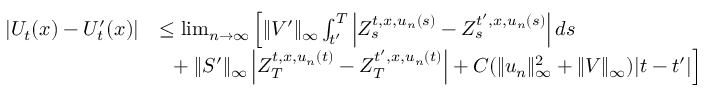
\begin{array} { r l } { | U _ { t } ( x ) - U _ { t } ^ { \prime } ( x ) | } & { \le \operatorname* { l i m } _ { n \to \infty } \left[ \| V ^ { \prime } \| _ { \infty } \int _ { t ^ { \prime } } ^ { T } \left\vert Z _ { s } ^ { t , x , u _ { n } ( s ) } - Z _ { s } ^ { t ^ { \prime } , x , u _ { n } ( s ) } \right\vert d s \right. } \\ & { ~ ~ + \left. \| S ^ { \prime } \| _ { \infty } \left\vert Z _ { T } ^ { t , x , u _ { n } ( t ) } - Z _ { T } ^ { t ^ { \prime } , x , u _ { n } ( t ) } \right\vert + C ( \| u _ { n } \| _ { \infty } ^ { 2 } + \| V \| _ { \infty } ) | t - t ^ { \prime } | \right] } \end{array}